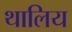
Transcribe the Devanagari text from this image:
थालिय